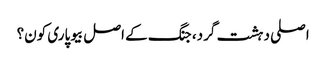
اصلی دہشت گرد، جنگ کے اصل بیوپاری کون؟